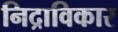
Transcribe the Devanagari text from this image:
निद्राविकार